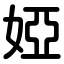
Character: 婭